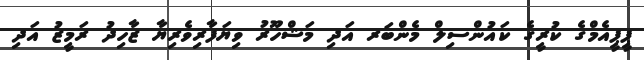
ޕީޕީއެމްގެ ކުރީގެ ކައުންސިލް މެންބަރ އަދި މަޝްހޫރު ވިޔަފާރިވެރިޔާ ޒާހިދު ރަމީޒު އަދި